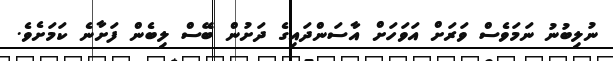
ނުލިބުނު ނަމަވެސް ވަރަށް އަވަހަށް އާސަންދައިގެ ދަށުން ބޭސް ލިބެން ފަށާނެ ކަމަށެވެ.